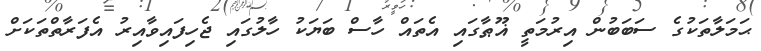
ޙަމަލާތަކުގެ ސަބަބުން އިރުމަތީ ޣޫޠާގައި އެތައް ހާސް ބަޔަކު ހާލުގައި ޖެހިފައިވާއިރު އެފަރާތްތަކަށް